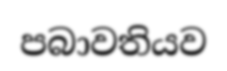
පබාවතියව